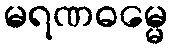
မရဏဓမ္မေ